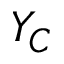
Y _ { C }